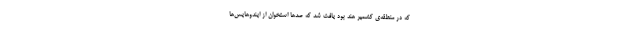
که در منطقه‌ی کشمیر هند بود یافت شد که صدها استخوان از ایندوهایس‌ها